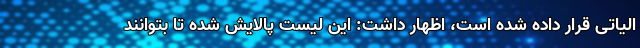
الیاتی قرار داده شده است، اظهار داشت: این لیست پالایش شده تا بتوانند